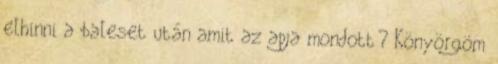
elhinni a baleset után amit az apja mondott? Könyörgöm